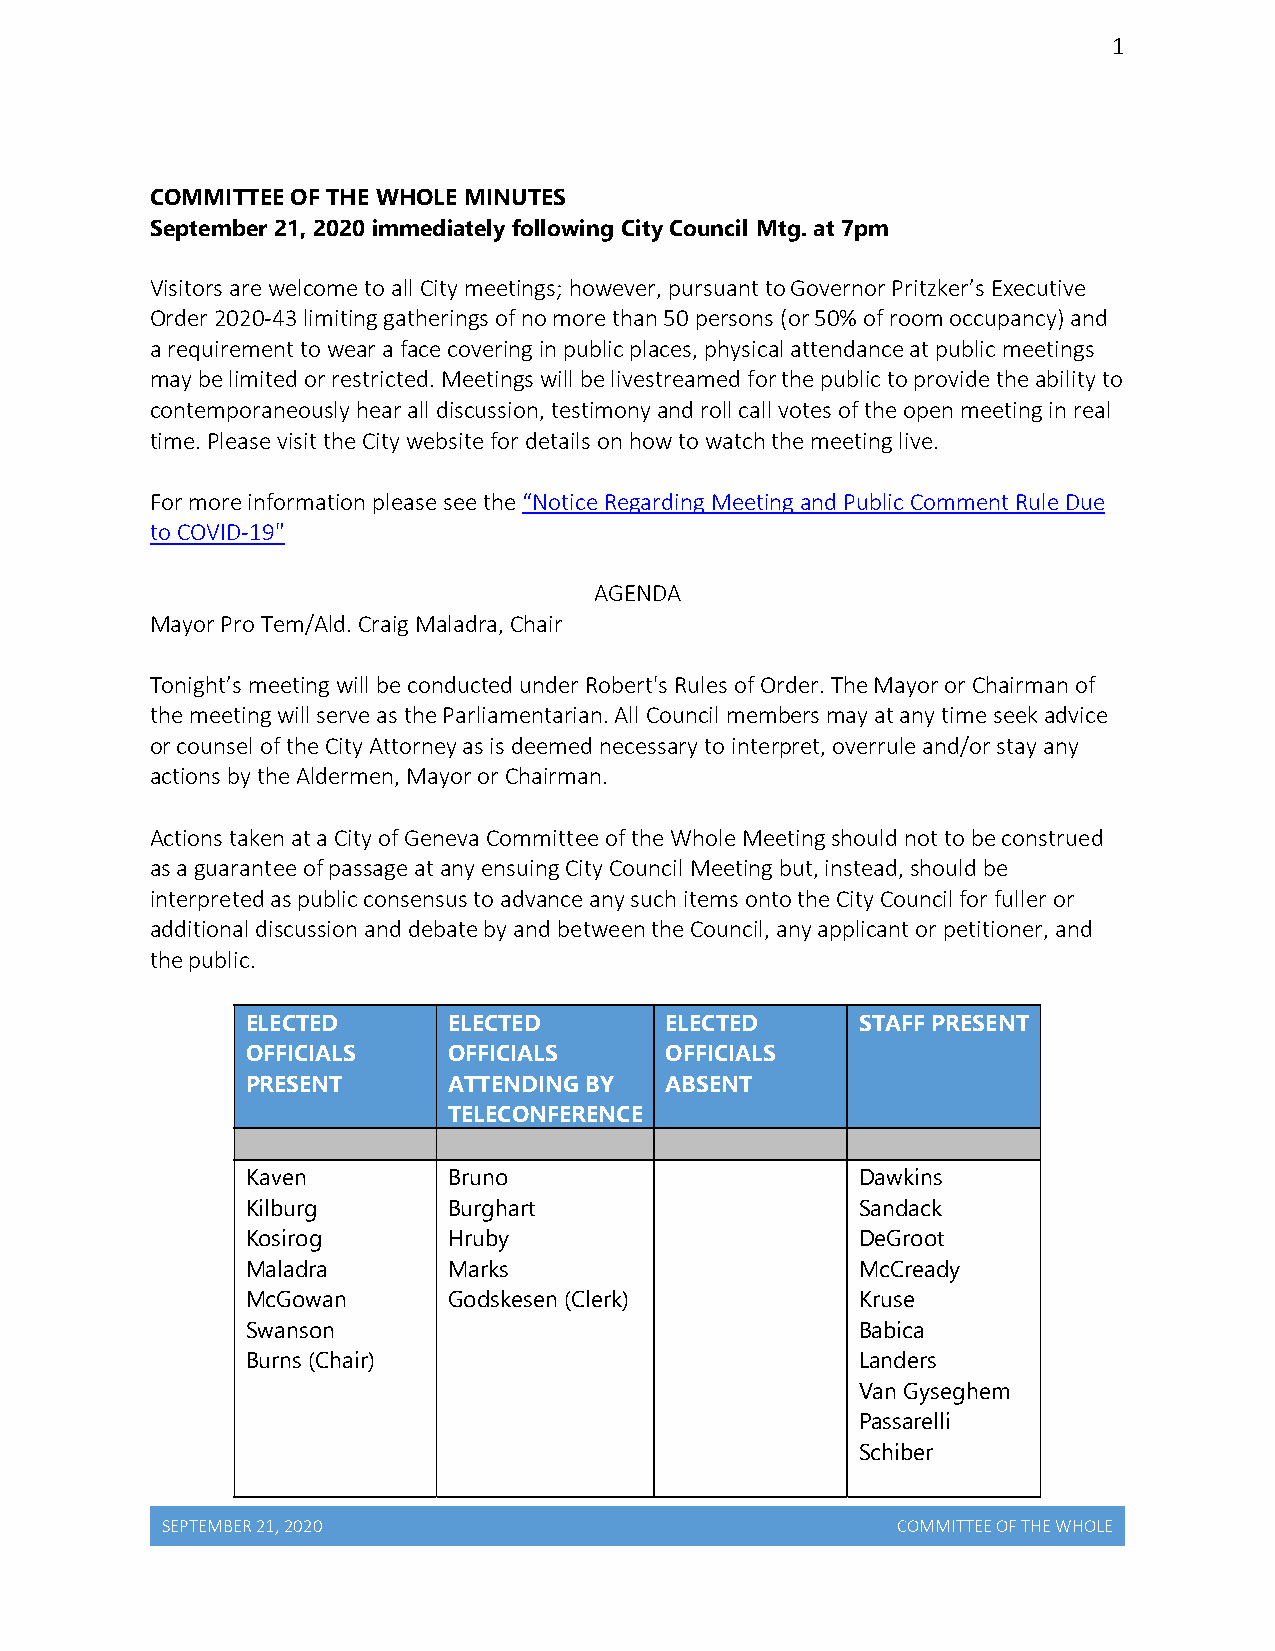
1
 COMMITTEE OF THE WHOLE MINUTES
 September 21, 2020 immediately following City Council Mtg. at 7pm
 Visitors are welcome to all City meetings; however, pursuant to Governor Pritzker’s Executive
 Order 2020‐43 limiting gatherings of no more than 50 persons (or 50% of room occupancy) and
 a requirement to wear a face covering in public places, physical attendance at public meetings
 may be limited or restricted. Meetings will be livestreamed for the public to provide the ability to
 contemporaneously hear all discussion, testimony and roll call votes of the open meeting in real
 time. Please visit the City website for details on how to watch the meeting live.
 For more information please see the “Notice Regarding Meeting and Public Comment Rule Due
 to COVID‐19"
 AGENDA
 Mayor Pro Tem/Ald. Craig Maladra, Chair
 Tonight’s meeting will be conducted under Robert's Rules of Order. The Mayor or Chairman of
 the meeting will serve as the Parliamentarian. All Council members may at any time seek advice
 or counsel of the City Attorney as is deemed necessary to interpret, overrule and/or stay any
 actions by the Aldermen, Mayor or Chairman.
 Actions taken at a City of Geneva Committee of the Whole Meeting should not to be construed
 as a guarantee of passage at any ensuing City Council Meeting but, instead, should be
 interpreted as public consensus to advance any such items onto the City Council for fuller or
 additional discussion and debate by and between the Council, any applicant or petitioner, and
 the public.
 ELECTED       ELECTED       ELECTED      STAFF PRESENT
 OFFICIALS     OFFICIALS     OFFICIALS
 PRESENT       ATTENDING BY  ABSENT
 TELECONFERENCE
 Kaven         Bruno                      Dawkins
 Kilburg       Burghart                   Sandack
 Kosirog       Hruby                      DeGroot
 Maladra       Marks                      McCready
 McGowan       Godskesen (Clerk)          Kruse
 Swanson                                  Babica
 Burns (Chair)                            Landers
 Van Gyseghem
 Passarelli
 Schiber
 SEPTEMBER 21, 2020                              COMMITTEE OF THE WHOLE